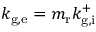
k _ { \mathrm { g , e } } = m _ { \mathrm { r } } k _ { \mathrm { g , i } } ^ { + }